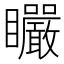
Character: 𥍓